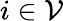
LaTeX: i\in\mathcal{V}